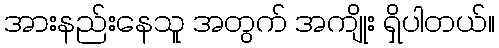
အားနည်းနေသူ အတွက် အကျိုး ရှိပါတယ်။